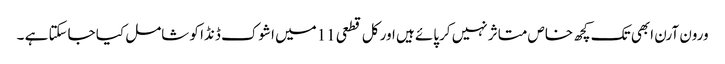
ورون آرن ابھی تک کچھ خاص متاثر نہیں کرپائے ہیں اور کل قطعی 11میں اشوک ڈنڈا کو شامل کیا جاسکتا ہے ۔